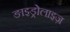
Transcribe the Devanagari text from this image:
ङाइड्रोलाइज़